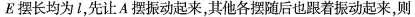
E摆长均为l，先让A摆振动起来，其他各摆随后也跟着振动起来，则